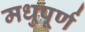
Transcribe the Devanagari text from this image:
मधुपूर्ण